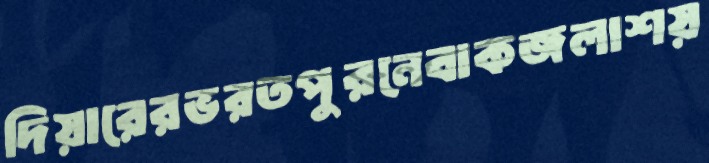
দিয়ারেরভরতপুরনেবাকজলাশয়